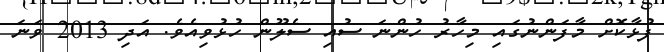
ފުޅާކޮށް މާފަންނުގައި މިހާރު ހުންނަ ސުއި ސެލޫން ހުޅުވިއެވެ. އަދި 2013 ވަނަ